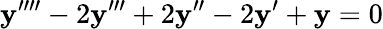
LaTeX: \mathbf{y}^{\prime\prime\prime\prime}-2\mathbf{y}^{\prime\prime\prime}+2\mathbf{y}^{\prime\prime}-2\mathbf{y}^{\prime}+\mathbf{y}=0